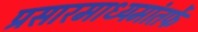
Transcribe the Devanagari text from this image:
प्रसारमाध्यमांतर्फे